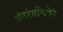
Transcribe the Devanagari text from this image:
अंतरंगचित्रेरं